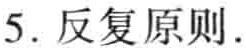
5. 反复原则.